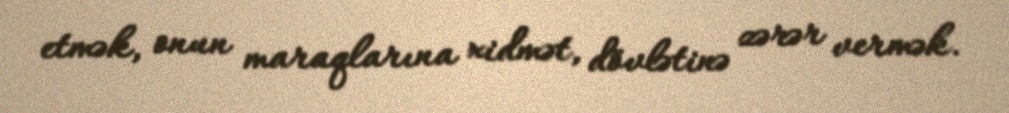
etmək, onun maraqlarına xidmət, dövlətinə zərər vermək.